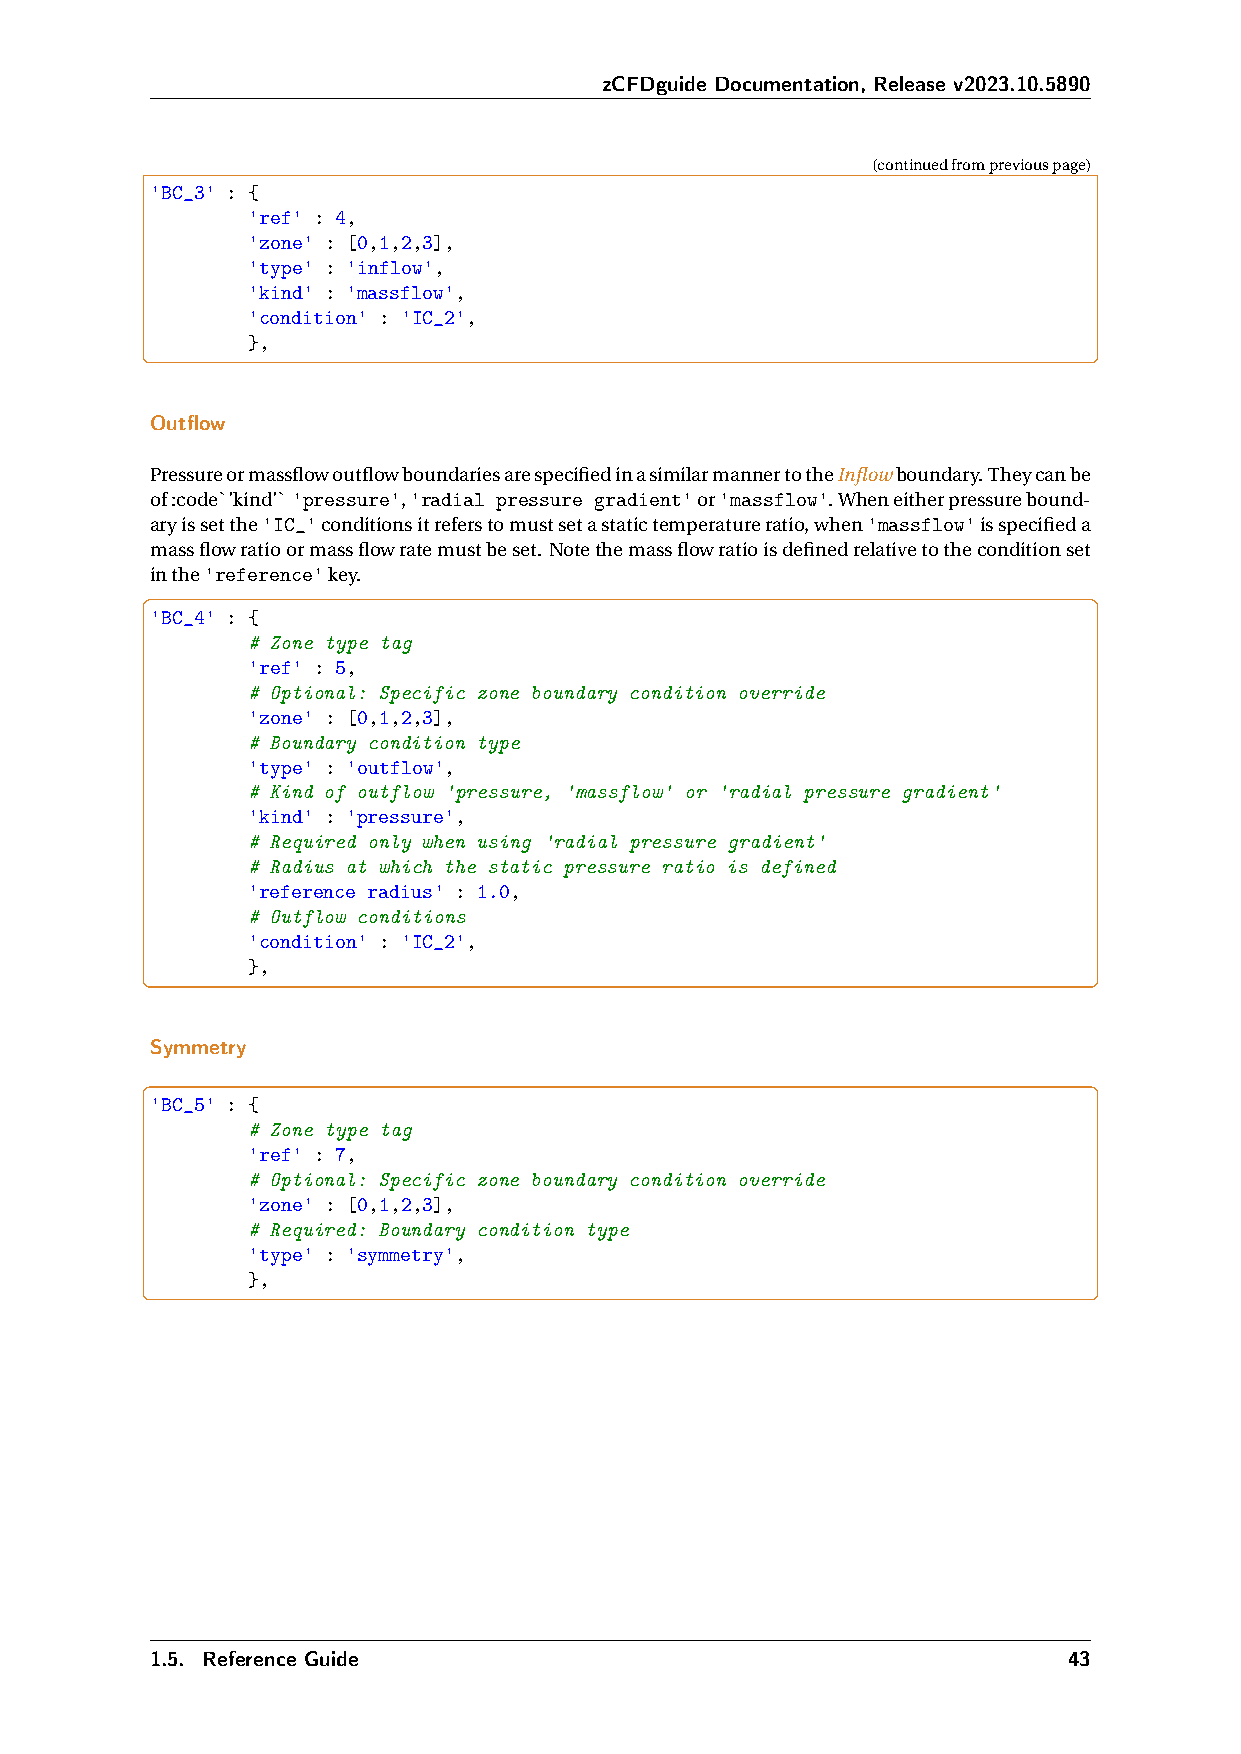
zCFDguide Documentation, Release v2023.10.5890
 (continuedfrompreviouspage)
 'BC_3' : {
 'ref' : 4,
 'zone' : [0,1,2,3],
 'type' : 'inflow',
 'kind' : 'massflow',
 'condition' : 'IC_2',
 },
 Outflow
 PressureormassflowoutflowboundariesarespecifiedinasimilarmannertotheInflowboundary.Theycanbe
 of:code`’kind’`'pressure','radial pressure gradient'or'massflow'.Wheneitherpressurebound-
 aryissetthe'IC_'conditionsitreferstomustsetastatictemperatureratio,when'massflow'isspecifieda
 massflowratioormassflowratemustbeset. Notethemassflowratioisdefinedrelativetotheconditionset
 inthe'reference'key.
 'BC_4' : {
 # Zone type tag
 'ref' : 5,
 # Optional: Specific zone boundary condition override
 'zone' : [0,1,2,3],
 # Boundary condition type
 'type' : 'outflow',
 # Kind of outflow 'pressure, 'massflow' or 'radial pressure gradient'
 'kind' : 'pressure',
 # Required only when using 'radial pressure gradient'
 # Radius at which the static pressure ratio is defined
 'reference radius' : 1.0,
 # Outflow conditions
 'condition' : 'IC_2',
 },
 Symmetry
 'BC_5' : {
 # Zone type tag
 'ref' : 7,
 # Optional: Specific zone boundary condition override
 'zone' : [0,1,2,3],
 # Required: Boundary condition type
 'type' : 'symmetry',
 },
 1.5. Reference Guide                                         43